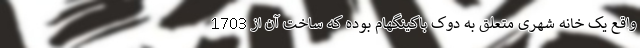
واقع یک خانه شهری متعلق به دوک باکینگهام بوده که ساخت آن از 1703